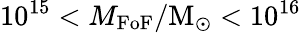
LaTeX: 10^{15}<M_{\mathrm{FoF}}/\mathrm{M}_{\odot}<10^{16}